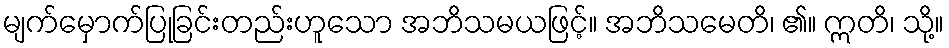
မျက်မှောက်ပြုခြင်းတည်းဟူသော အဘိသမယဖြင့်။ အဘိသမေတိ၊ ၏။ ဣတိ၊ သို့။